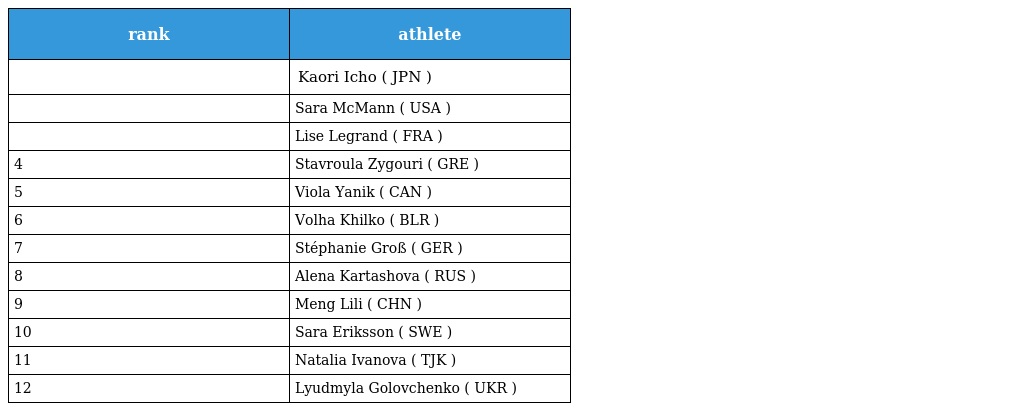
| rank | athlete |
 | --- | --- |
 |  | Kaori Icho ( JPN ) |
 |  | Sara McMann ( USA ) |
 |  | Lise Legrand ( FRA ) |
 | 4 | Stavroula Zygouri ( GRE ) |
 | 5 | Viola Yanik ( CAN ) |
 | 6 | Volha Khilko ( BLR ) |
 | 7 | Stéphanie Groß ( GER ) |
 | 8 | Alena Kartashova ( RUS ) |
 | 9 | Meng Lili ( CHN ) |
 | 10 | Sara Eriksson ( SWE ) |
 | 11 | Natalia Ivanova ( TJK ) |
 | 12 | Lyudmyla Golovchenko ( UKR ) |